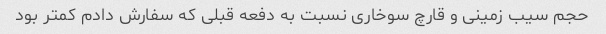
حجم سیب زمینی و قارچ سوخاری نسبت به دفعه قبلی که سفارش دادم کمتر بود